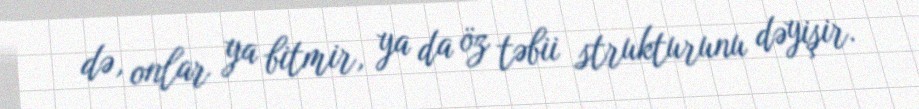
də, onlar ya bitmir, ya da öz təbii strukturunu dəyişir.